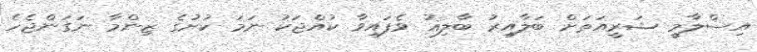
އިސްލާމީ ޝަރީއަތަށް ބަލާއިރު ބާލިޣު ވެފައިވާ ކުއްޖަކު ނަމަ ކުށުގެ ޒިންމާ ނަގަންޖެހެ